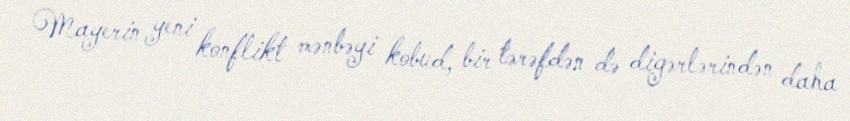
Mayerin yeni konflikt mənbəyi kobud, bir tərəfdən də digərlərindən daha